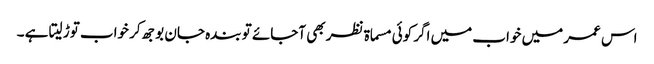
اس عمر میں خواب میں اگر کوئی مسماۃ نظر بھی آجائے تو بندہ جان بوجھ کر خواب توڑ لیتا ہے ۔